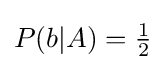
P(b|A)={\tfrac {1}{2}}